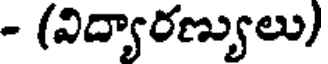
- (విద్యారణ్యులు)